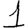
Digit: 1